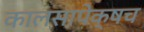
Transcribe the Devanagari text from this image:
कालसापेक्षच